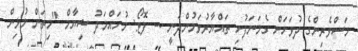
މަސްވެރިންގެ ދުވަހަށް ގެމަނަފުށި ތައްޔާރުވަމުންދަނީ -- ފޮޓޯ: މުހައްމަދު ޝިޔާމް "މިތަން މުޅިން